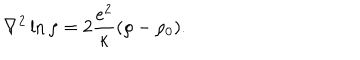
\nabla ^ { 2 } \ln \rho = 2 \frac { e ^ { 2 } } { \kappa } ( \rho - \rho _ { 0 } ) .